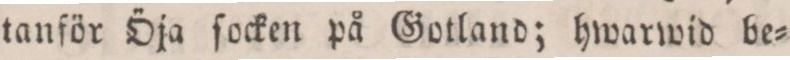
tanför Öja ſocken på Gotland; hwarwid be=